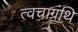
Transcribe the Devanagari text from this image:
त्वचाग्रंथि